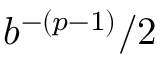
b ^ { - ( p - 1 ) } / 2